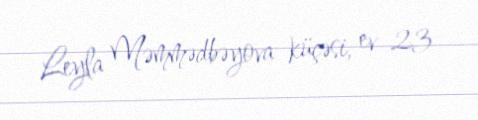
Leyla Məmmədbəyova küçəsi, ev 23